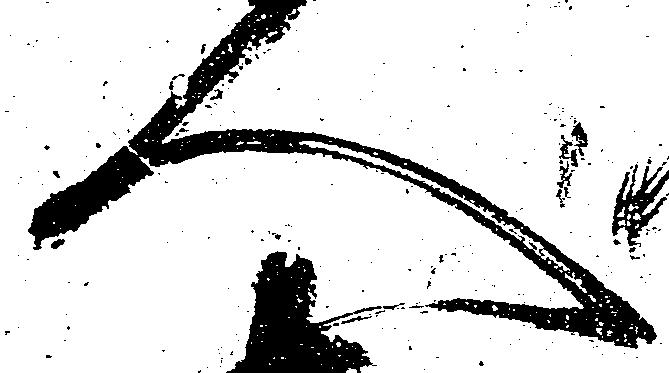
人